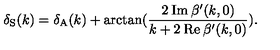
\delta _ { \mathrm { S } } ( k ) = \delta _ { \mathrm { A } } ( k ) + \arctan ( \frac { 2 \: \mathrm { I m } \: \beta ^ { \prime } ( k , 0 ) } { k + 2 \: \mathrm { R e } \: \beta ^ { \prime } ( k , 0 ) } ) .